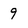
Character: 9